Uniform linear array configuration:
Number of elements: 16
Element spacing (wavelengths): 1
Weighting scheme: hann
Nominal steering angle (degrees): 15
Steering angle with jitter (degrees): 13.324
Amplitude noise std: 0.05
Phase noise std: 0.05

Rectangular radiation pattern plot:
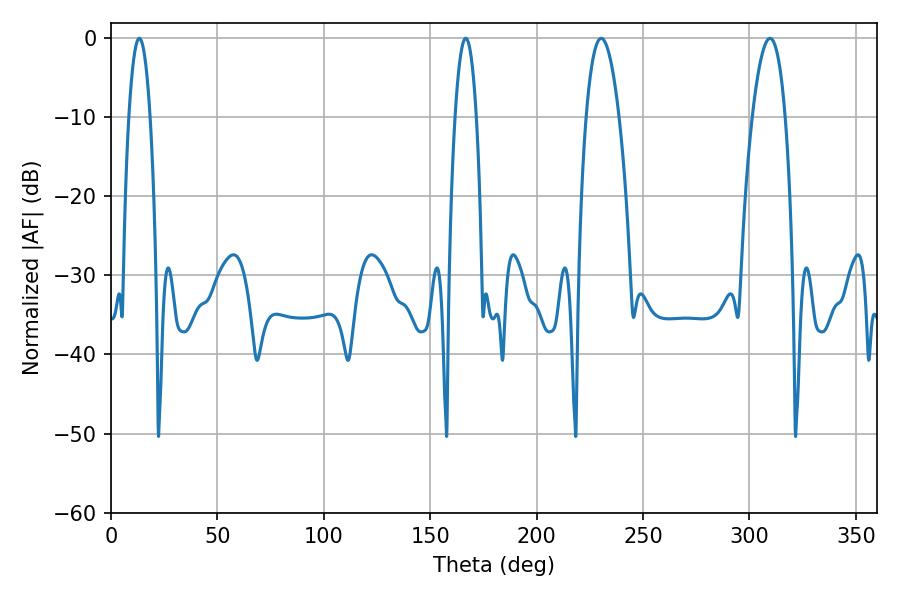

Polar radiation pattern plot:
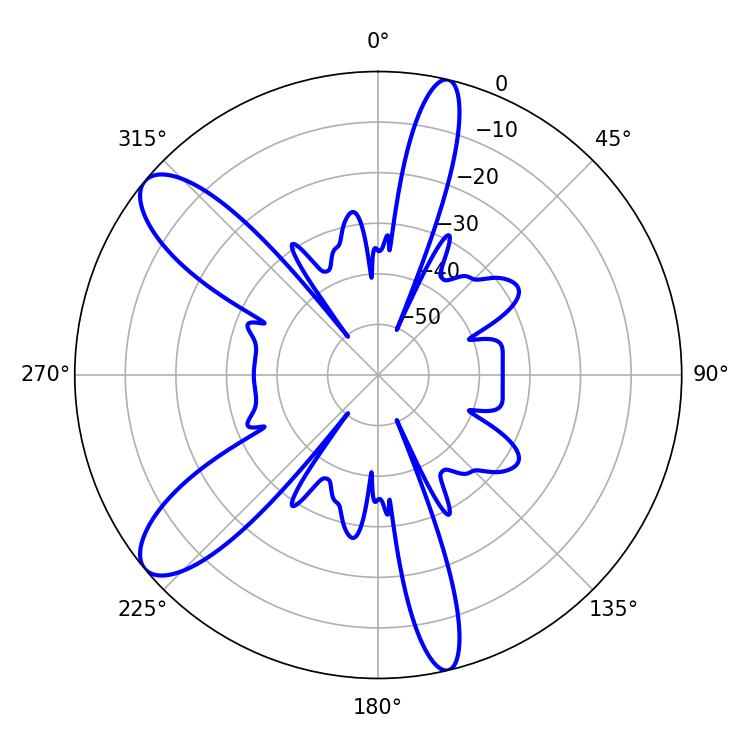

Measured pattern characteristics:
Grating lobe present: TRUE
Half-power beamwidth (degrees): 5.4
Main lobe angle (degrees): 13.32